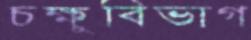
চক্ষুবিভাগ